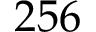
2 5 6